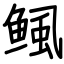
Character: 鲺